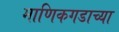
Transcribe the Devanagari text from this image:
माणिकगडाच्या